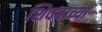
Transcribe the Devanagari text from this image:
शिवबाच्या